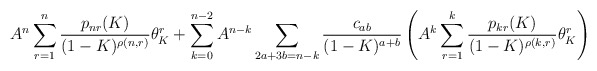
\begin{align*} A^n\sum_{r = 1}^n\frac{p_{nr}(K)}{(1-K)^{\rho(n,r)}}\theta_K^r + \sum_{k = 0}^{n-2}A^{n-k}\sum_{2a+3b = n-k} \frac{c_{ab}}{(1-K)^{a+b}}\left(A^k\sum_{r = 1}^k\frac{p_{kr}(K)}{(1-K)^{\rho(k,r)}}\theta_K^r\right)\end{align*}